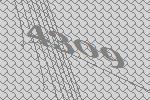
4309